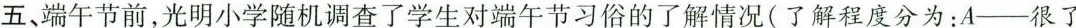
五、端午节前，光明小学随机调查了学生对端午节习俗的了解情况(了解程度分为：A——很了